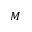
M